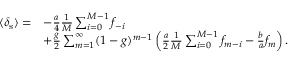
\begin{array} { r l } { \langle \delta _ { \mathrm { s } } \rangle = } & { - \frac { a } { 4 } \frac { 1 } { M } \sum _ { i = 0 } ^ { M - 1 } f _ { - i } } \\ & { + \frac { g } { 2 } \sum _ { m = 1 } ^ { \infty } ( 1 - g ) ^ { m - 1 } \left( \frac { a } { 2 } \frac { 1 } { M } \sum _ { i = 0 } ^ { M - 1 } f _ { m - i } - \frac { b } { a } f _ { m } \right) . } \end{array}